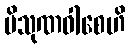
ပိသုဏဝါစေဟိ